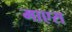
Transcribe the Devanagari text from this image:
माएस